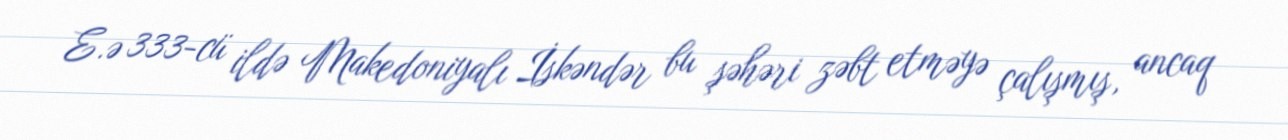
E.ə 333-cü ildə Makedoniyalı İskəndər bu şəhəri zəbt etməyə çalışmış, ancaq